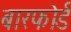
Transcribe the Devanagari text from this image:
बारफोर्ड